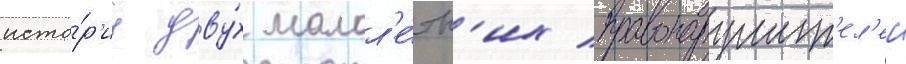
исто́р'иу дву́х малол'е́тн'их правонарушит'ел'еи